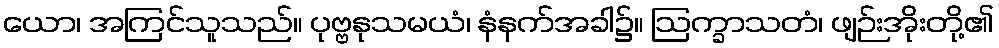
ယော၊ အကြင်သူသည်။ ပုဗ္ဗနုသမယံ၊ နံနက်အခါ၌။ ဩက္ခာသတံ၊ ဖျဉ်းအိုးတို့၏